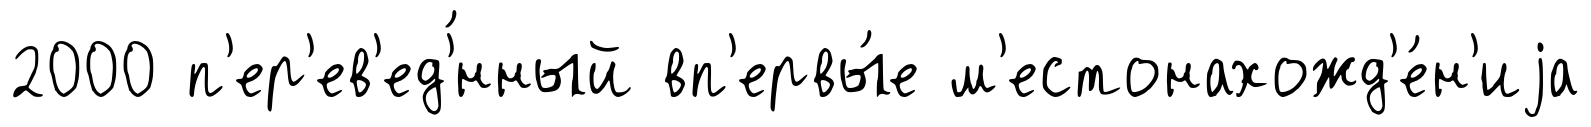
2000 п'ер'ев'ед'́нный вп'ервы́е м'естонахожд'е́н'иjа